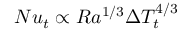
N u _ { t } \propto R a ^ { 1 / 3 } \Delta T _ { t } ^ { 4 / 3 }